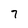
Character: 7